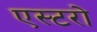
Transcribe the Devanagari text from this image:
एस्टरो